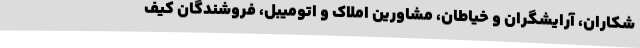
شکاران، آرایشگران و خیاطان، مشاورین املاک و اتومیبل، فروشندگان کیف